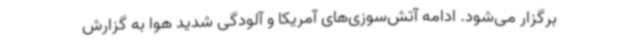
برگزار می‌شود. ادامه ‌آتش‌سوزی‌های آمریکا و آلودگی شدید هوا به گزارش